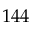
1 4 4